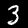
Digit: 3